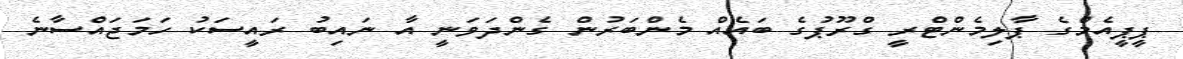
ޕީޕީއެމްގެ ޕާލިމެންޓްރީ ގްރޫޕުގެ ބައެއް މެންބަރުން ގެންދަވަނީ އާ ނައިބު ރައީސަކު ހަމަޖައްސާނެ